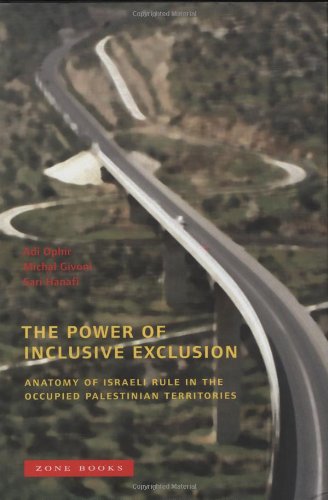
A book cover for The Power of Inclusive Exclusion: Anatomy of Israeli Rule in the Occupied Palestinian Territories; History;